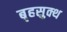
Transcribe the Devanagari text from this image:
बृहसुक्थ